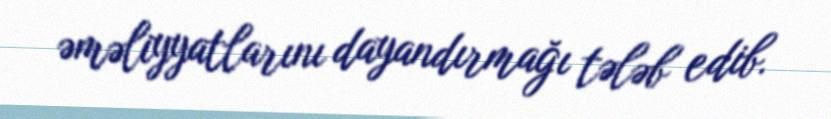
əməliyyatlarını dayandırmağı tələb edib.